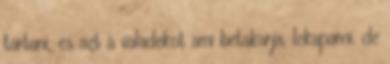
tartani, es azt a valadekot ami betakarja, lekaparni. de